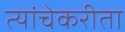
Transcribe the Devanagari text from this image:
त्यांचेकरीता